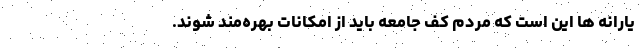
یارانه ها این است که مردم کف جامعه باید از امکانات بهره‌مند شوند.